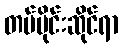
တပ်ပိုင်းဆိုင်ရာ